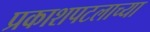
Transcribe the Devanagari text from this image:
प्रकाशपटलाच्या